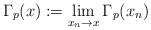
LaTeX: \begin{align*}\Gamma_p(x):=\lim_{x_n\rightarrow x}\Gamma_p(x_n)\end{align*}